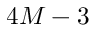
4 M - 3